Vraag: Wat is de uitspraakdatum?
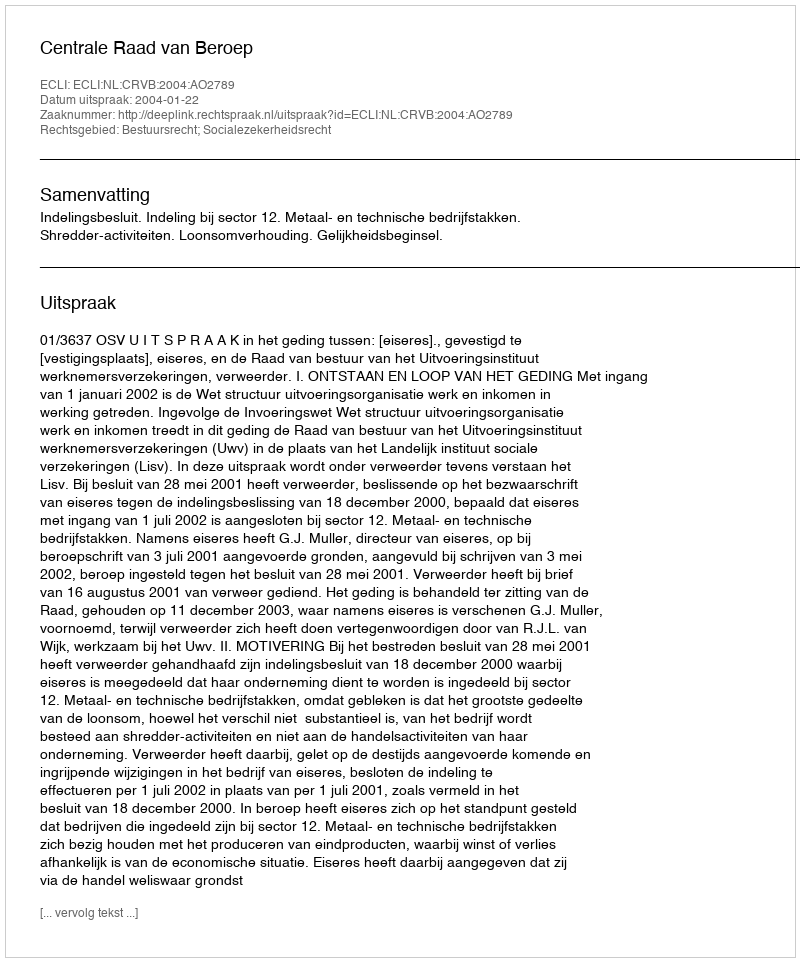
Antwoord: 2004-01-22